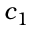
c _ { 1 }